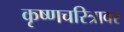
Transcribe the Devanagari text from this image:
कृष्णचरित्रावर